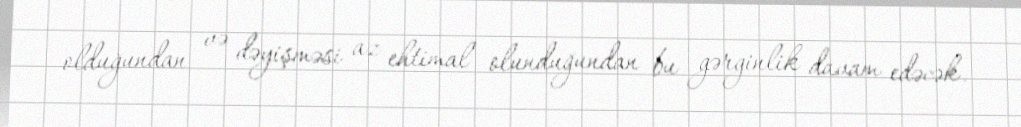
olduğundan və dəyişməsi az ehtimal olunduğundan bu gərginlik davam edəcək.